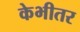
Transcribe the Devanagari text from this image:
केभीतर